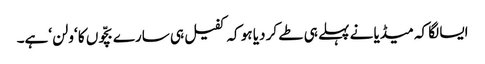
ایسا لگا کہ میڈیا نے پہلے ہی طے کر دیا ہو کہ کفیل ہی سارے بچّوں کا ‘ولن ‘ہے۔